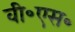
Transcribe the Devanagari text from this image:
वी॰एस॰